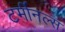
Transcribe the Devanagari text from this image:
टर्मीनल्स